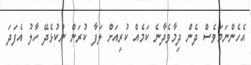
އެހެންނަމަވެސް ދެން ދިމާވެދާނެ ކަމެއް ކުރިއަށް ލަފާ ކުރަން ނުކުޅެދޭ ހާލު އެފަދަ